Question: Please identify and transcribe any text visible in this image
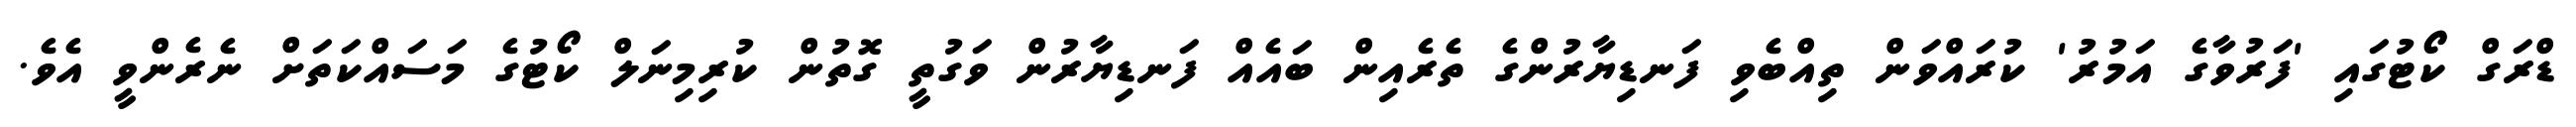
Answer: ޑްރަގް ކޯޓުގައި 'ފަރުވާގެ އަމުރު' ކުރައްވަން ތިއްބެވި ފަނޑިޔާރުންގެ ތެރެއިން ބައެއް ފަނޑިޔާރުން ވަގުތީ ގޮތުން ކުރިމިނަލް ކޯޓުގެ މަސައްކަތަށް ނެރެންވީ އެވެ.